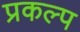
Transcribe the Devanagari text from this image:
प्रकल्‍प